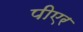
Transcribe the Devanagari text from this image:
पीएर